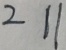
2 1 1